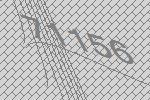
71156